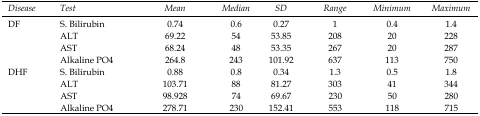
<table><thead><tr><td><b><i>Disease</i></b></td><td><b><i>Test</i></b></td><td><b><i>Mean</i></b></td><td><b><i>Median</i></b></td><td><b><i>SD</i></b></td><td><b><i>Range</i></b></td><td><b><i>Minimum</i></b></td><td><b><i>Maximum</i></b></td></tr></thead><tbody><tr><td rowspan="4">DF</td><td>S. Bilirubin</td><td>0.74</td><td>0.6</td><td>0.27</td><td>1</td><td>0.4</td><td>1.4</td></tr><tr><td>ALT</td><td>69.22</td><td>54</td><td>53.85</td><td>208</td><td>20</td><td>228</td></tr><tr><td>AST</td><td>68.24</td><td>48</td><td>53.35</td><td>267</td><td>20</td><td>287</td></tr><tr><td>Alkaline PO4</td><td>264.8</td><td>243</td><td>101.92</td><td>637</td><td>113</td><td>750</td></tr><tr><td rowspan="4">DHF</td><td>S. Bilirubin</td><td>0.88</td><td>0.8</td><td>0.34</td><td>1.3</td><td>0.5</td><td>1.8</td></tr><tr><td>ALT</td><td>103.71</td><td>88</td><td>81.27</td><td>303</td><td>41</td><td>344</td></tr><tr><td>AST</td><td>98.928</td><td>74</td><td>69.67</td><td>230</td><td>50</td><td>280</td></tr><tr><td>Alkaline PO4</td><td>278.71</td><td>230</td><td>152.41</td><td>553</td><td>118</td><td>715</td></tr></tbody></table>